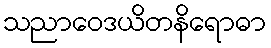
သညာဝေဒယိတနိရောဓာ